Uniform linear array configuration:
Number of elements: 48
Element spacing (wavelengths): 0.5
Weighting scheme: blackman
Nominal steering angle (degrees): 0
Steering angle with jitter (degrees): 0.4516
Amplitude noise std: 0.05
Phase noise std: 0.05

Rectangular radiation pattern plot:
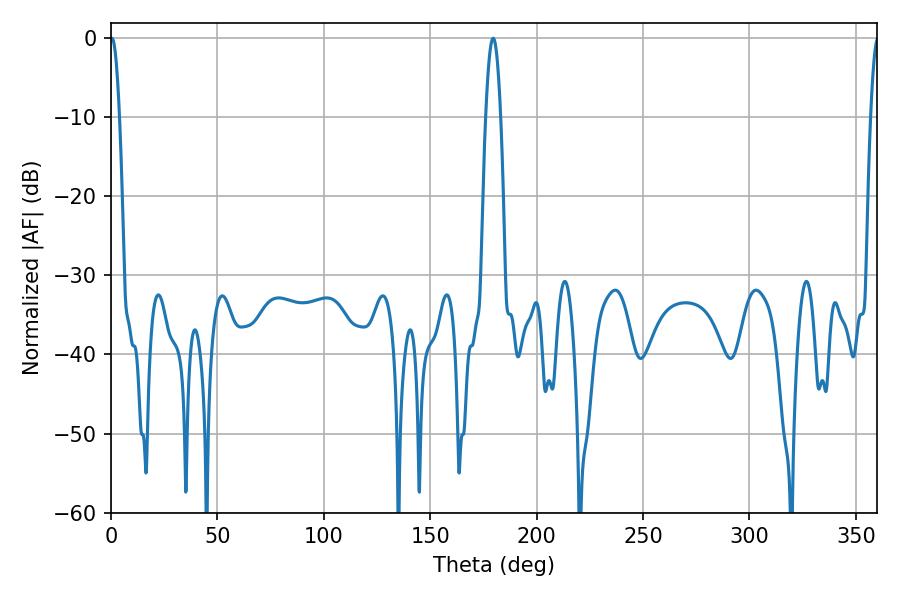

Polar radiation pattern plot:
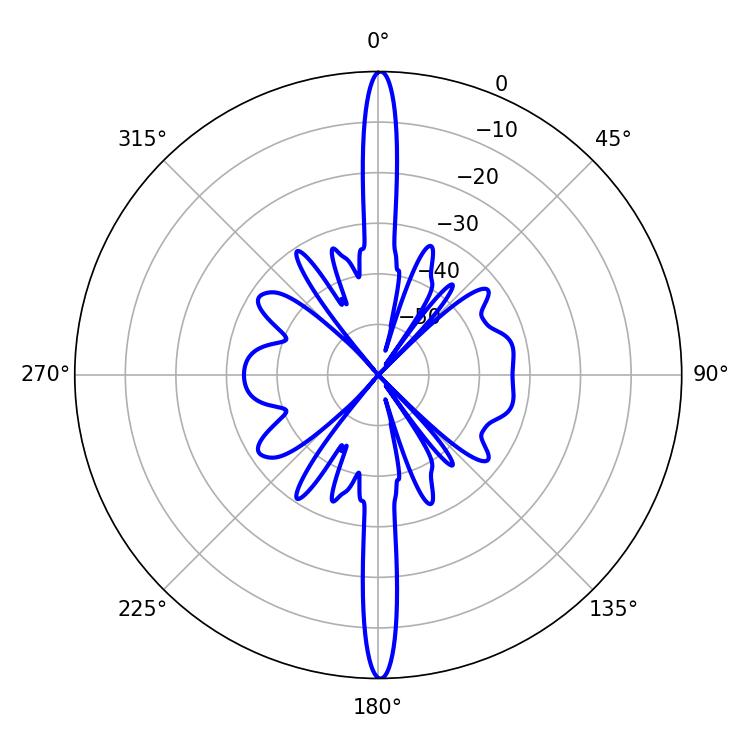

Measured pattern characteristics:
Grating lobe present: FALSE
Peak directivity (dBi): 32.313
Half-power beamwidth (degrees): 2.34
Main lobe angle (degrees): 0.36